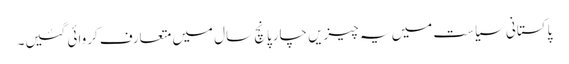
پاکستانی سیاست میں یہ چیزیں چارپانچ سال میں متعارف کروائی گئیں۔